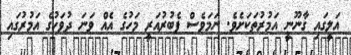
އަލީގައި ގާނޫނީ އަމުރުތަކަށެވެ. ނަމަވެސް ފެބުރުއަރީ މަހުގެ އެއް ވަނަ ދުވަހުގެ އަމުރުގައި